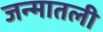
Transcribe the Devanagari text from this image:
जन्मातली